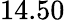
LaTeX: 14.50